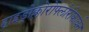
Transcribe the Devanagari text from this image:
हाइड्रोक्लोरोफ्लोरोकार्बन